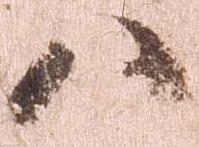
ハ